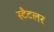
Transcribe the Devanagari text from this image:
स्टैटलर